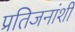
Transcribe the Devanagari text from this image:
प्रतिजनांशी